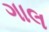
ગાલ